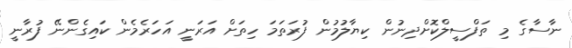
ނާސާގެ މި ތަފްސީލްކޮށްދިނުން ކިޔާލުމުން ފުރަތަމަ ހިތަށް އަރަނީ އަހަރެމެން ކައިގެންނޭ ފުރާނީ